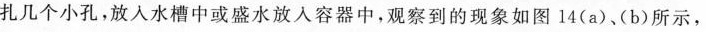
扎几个小孔，放入水槽中或盛水放入容器中，观察到的现象如图14(a)、(b)所示，